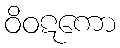
ဝိဝဋကော